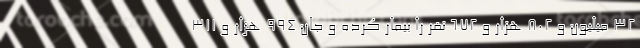
۳۲ میلیون و ۸۰۲ هزار و ۶۷۲ نفر را بیمار کرده و جان ۹۹۴ هزار و ۳۱۱